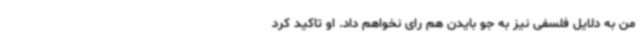
من به دلایل فلسفی نیز به جو بایدن هم رای نخواهم داد. او تاکید کرد